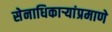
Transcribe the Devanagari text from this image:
सेनाधिकार्‍यांप्रमाणे